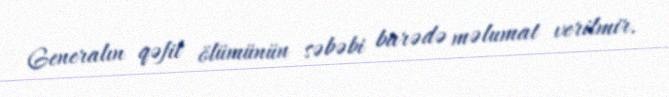
Generalın qəfil ölümünün səbəbi barədə məlumat verilmir.